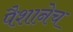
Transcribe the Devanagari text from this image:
पैशानेच